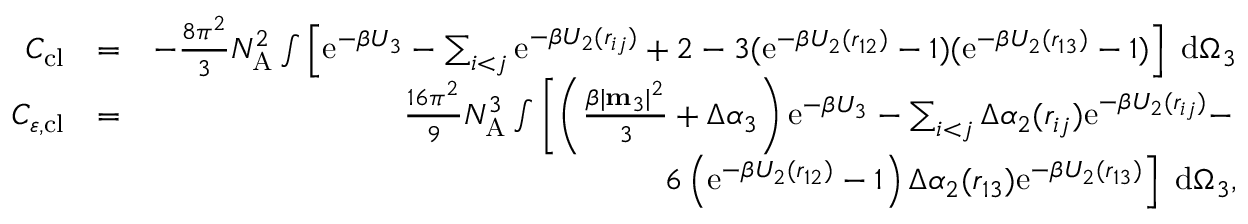
\begin{array} { r l r } { C _ { \mathrm { c l } } } & { = } & { - \frac { 8 \pi ^ { 2 } } { 3 } N _ { \mathrm { A } } ^ { 2 } \int \left[ \mathrm { e } ^ { - \beta U _ { 3 } } - \sum _ { i < j } \mathrm { e } ^ { - \beta U _ { 2 } ( r _ { i j } ) } + 2 - 3 ( \mathrm { e } ^ { - \beta U _ { 2 } ( r _ { 1 2 } ) } - 1 ) ( \mathrm { e } ^ { - \beta U _ { 2 } ( r _ { 1 3 } ) } - 1 ) \right] ~ \mathrm { d } \Omega _ { 3 } } \\ { C _ { \varepsilon , \mathrm { c l } } } & { = } & { \frac { 1 6 \pi ^ { 2 } } { 9 } N _ { \mathrm { A } } ^ { 3 } \int \left[ \left( \frac { \beta | \mathbf { m } _ { 3 } | ^ { 2 } } { 3 } + \Delta \alpha _ { 3 } \right) \mathrm { e } ^ { - \beta U _ { 3 } } - \sum _ { i < j } \Delta \alpha _ { 2 } ( r _ { i j } ) \mathrm { e } ^ { - \beta U _ { 2 } ( r _ { i j } ) } - \right. } \\ & { } & { \left. 6 \left( \mathrm { e } ^ { - \beta U _ { 2 } ( r _ { 1 2 } ) } - 1 \right) \Delta \alpha _ { 2 } ( r _ { 1 3 } ) \mathrm { e } ^ { - \beta U _ { 2 } ( r _ { 1 3 } ) } \right] ~ \mathrm { d } \Omega _ { 3 } , } \end{array}